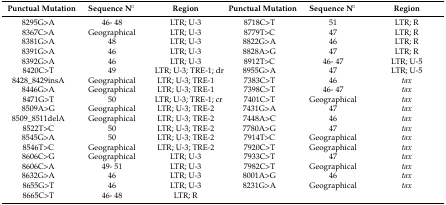
| Punctual Mutation | Sequence N° | Region | Punctual Mutation | Sequence N° | Region |
 | --- | --- | --- | --- | --- | --- |
 | 8295G>A | 46- 48 | LTR; U-3 | 8718C>T | 51 | LTR; R |
 | 8367C>A | Geographical | LTR; U-3 | 8779T>C | 47 | LTR; R |
 | 8381G>A | 48 | LTR; U-3 | 8822G>A | 46 | LTR; R |
 | 8391G>A | 46 | LTR; U-3 | 8828A>G | 47 | LTR; R |
 | 8392G>A | 46 | LTR; U-3 | 8912T>C | 46- 47 | LTR; U-5 |
 | 8420C>T | 49 | LTR; U-3; TRE-1; dr | 8955G>A | 47 | LTR; U-5 |
 | 8428_8429insA | Geographical | LTR; U-3; TRE-1 | 7383C>T | 46 | tax |
 | 8446G>A | Geographical | LTR; U-3; TRE-1 | 7398C>T | 46- 47 | tax |
 | 8471G>T | 50 | LTR; U-3; TRE-1; cr | 7401C>T | Geographical | tax |
 | 8509A>G | Geographical | LTR; U-3; TRE-2 | 7431G>A | 47 | tax |
 | 8509_8511delA | Geographical | LTR; U-3; TRE-2 | 7448A>C | 46 | tax |
 | 8522T>C | 50 | LTR; U-3; TRE-2 | 7780A>G | 47 | tax |
 | 8545G>A | 50 | LTR; U-3; TRE-2 | 7914T>C | Geographical | tax |
 | 8546T>C | Geographical | LTR; U-3; TRE-2 | 7920C>T | Geographical | tax |
 | 8606C>G | Geographical | LTR; U-3 | 7933C>T | 47 | tax |
 | 8606C>A | 49- 51 | LTR; U-3 | 7982C>T | Geographical | tax |
 | 8632G>A | 46 | LTR; U-3 | 8001A>G | 46 | tax |
 | 8655G>T | 46 | LTR; U-3 | 8231G>A | Geographical | tax |
 | 8665C>T | 46- 48 | LTR; R |  |  |  |